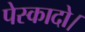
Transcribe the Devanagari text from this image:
पेस्कादो।